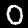
Digit: 0